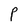
Character: P